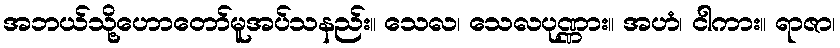
အဘယ်သို့ဟောတော်မူအပ်သနည်း။ သေလ၊ သေလပုဏ္ဏား။ အဟံ၊ ငါကား။ ရာဇာ၊